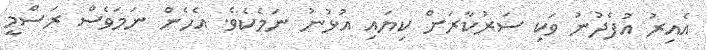
އެއިރު އުފެދުނު ވަކި ސަރުކާރަށް ކިޔައި އުޅުނު ނަމެކެވެ. އެހެން ނަމަވެސް ރަސްމީ